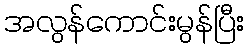
အလွန်ကောင်းမွန်ပြီး